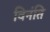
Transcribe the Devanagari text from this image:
विनंति